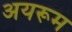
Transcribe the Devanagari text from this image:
अयरूम